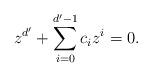
LaTeX: \begin{align*}z^{d'}+\sum\limits_{i=0}^{d'-1}c_iz^i=0.\end{align*}